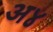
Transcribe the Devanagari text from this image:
अ४